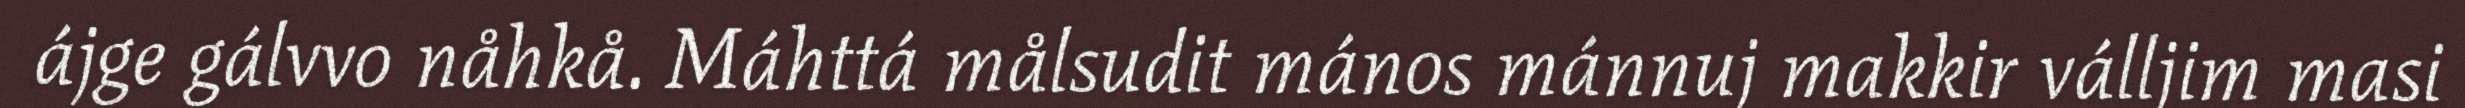
ájge gálvvo nåhkå. Máhttá målsudit mános mánnuj makkir válljim masi